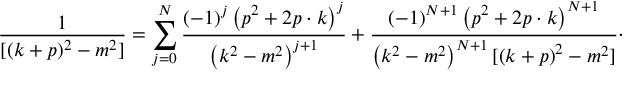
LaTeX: \frac { 1 } { [ ( k + p ) ^ { 2 } - m ^ { 2 } ] } = \sum _ { j = 0 } ^ { N } \frac { \left( - 1 \right) ^ { j } \left( p ^ { 2 } + 2 p \cdot k \right) ^ { j } } { \left( k ^ { 2 } - m ^ { 2 } \right) ^ { j + 1 } } + \frac { \left( - 1 \right) ^ { N + 1 } \left( p ^ { 2 } + 2 p \cdot k \right) ^ { N + 1 } } { \left( k ^ { 2 } - m ^ { 2 } \right) ^ { N + 1 } [ \left( k + p \right) ^ { 2 } - m ^ { 2 } ] } \cdot